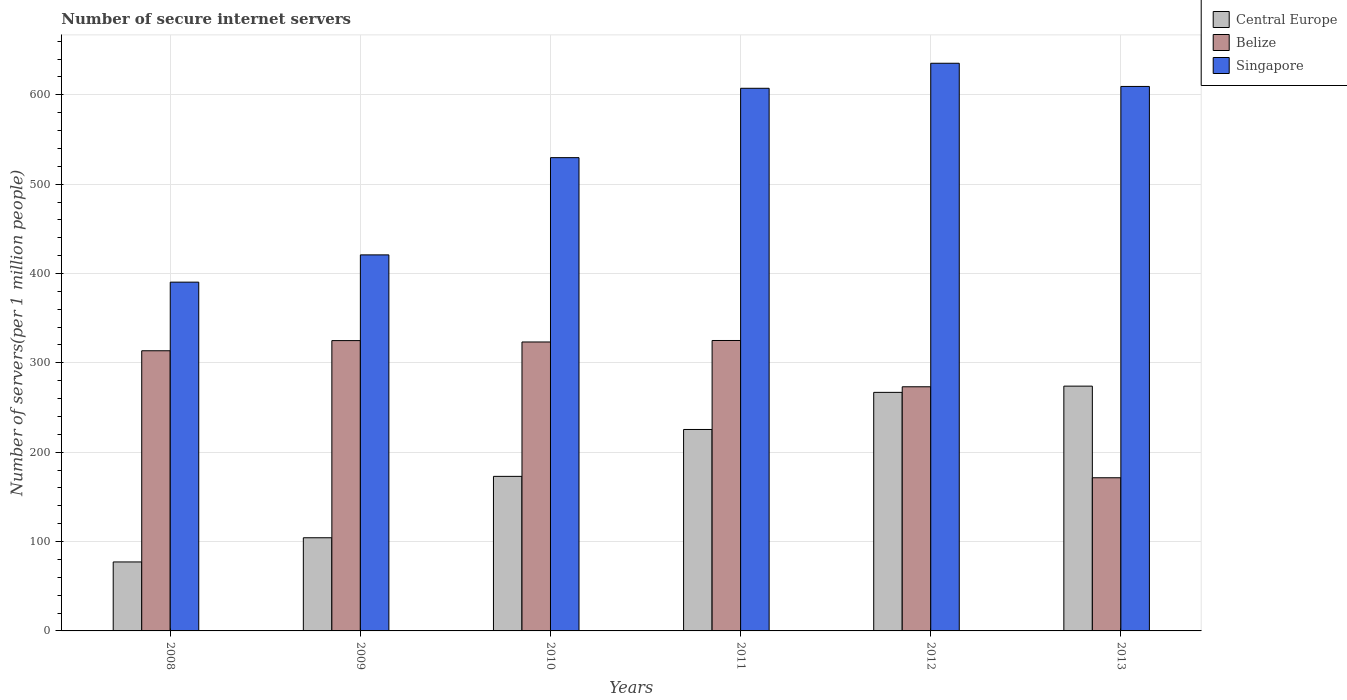
| Years | Central Europe | Belize | Singapore |
 | --- | --- | --- | --- |
 | 2008 | 77.2 | 314 | 390 |
 | 2009 | 104 | 325 | 421 |
 | 2010 | 173 | 323 | 530 |
 | 2011 | 225 | 325 | 607 |
 | 2012 | 267 | 273 | 635 |
 | 2013 | 274 | 171 | 609 |